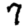
Digit: 7